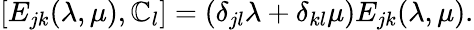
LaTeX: [E_{jk}(\lambda,\mu),{\cal\mathbb{C}}_{l}]=(\delta_{jl}\lambda+\delta_{kl}\mu)E_{jk}(\lambda,\mu).